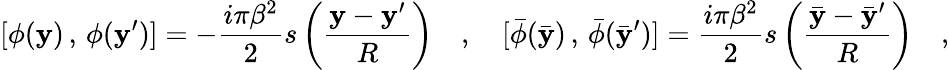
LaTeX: [\phi(\mathbf{y})\, ,\, \phi(\mathbf{y}^{\prime})]=-{\frac{{i\pi\beta^{2}}}{{2}}}s\left(\frac{{\mathbf{y}-\mathbf{y}^{\prime}}}{{R}}\right)\quad,\quad[\bar{{\phi}}(\bar{{\mathbf{y}}})\, ,\, \bar{{\phi}}(\bar{{\mathbf{y}}}^{\prime})]={\frac{{i\pi\beta^{2}}}{{2}}}s\left(\frac{{\bar{{\mathbf{y}}}-\bar{{\mathbf{y}}}^{\prime}}}{{R}}\right)\quad,